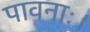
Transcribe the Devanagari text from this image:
पावनाः।